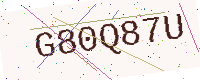
Text: G80Q87U